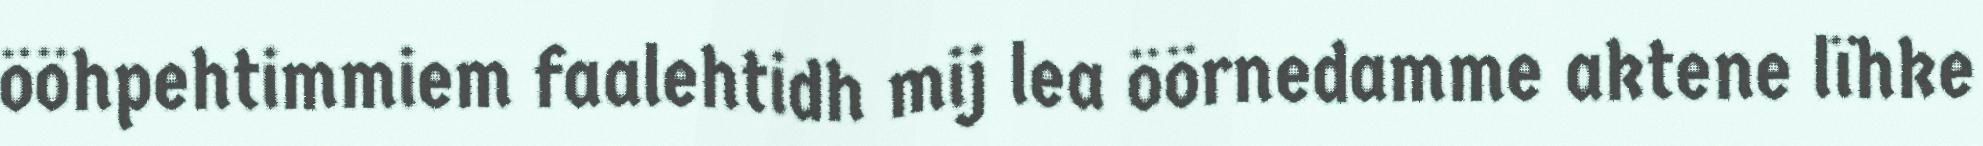
ööhpehtimmiem faalehtidh mij lea öörnedamme aktene lïhke